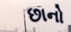
છાનો